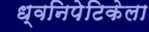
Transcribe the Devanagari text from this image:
ध्वनिपेटिकेला